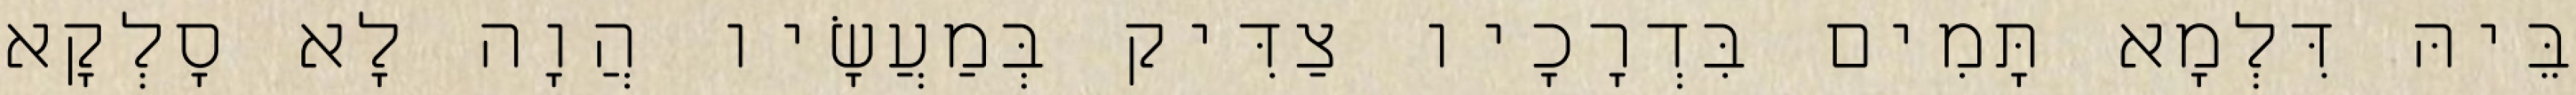
בֵּיהּ דִּלְמָא תָּמִים בִּדְרָכָיו צַדִּיק בְּמַעֲשָׂיו הֲוָה לָא סָלְקָא